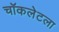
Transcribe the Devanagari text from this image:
चॉकलेटला